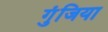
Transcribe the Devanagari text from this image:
गुंजिया